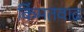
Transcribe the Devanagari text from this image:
किंमतवाढ